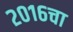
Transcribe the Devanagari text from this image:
२०१६चा